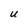
Character: U